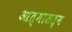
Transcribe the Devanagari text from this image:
आत्मातत्व